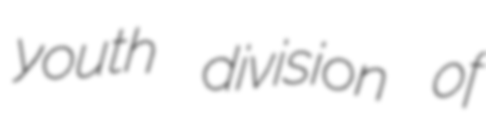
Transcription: youth division of